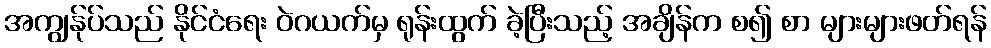
အကျွန်ုပ်သည် နိုင်ငံရေး ဝဲဂယက်မှ ရုန်းထွက် ခဲ့ပြီးသည့် အချိန်က စ၍ စာ များများဖတ်ရန်